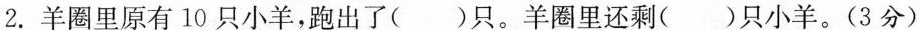
2.羊圈里原有10只小羊，跑出了( )只。羊圈里还剩( )只小羊。(3分)